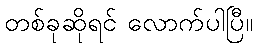
တစ်ခုဆိုရင် လောက်ပါပြီ။